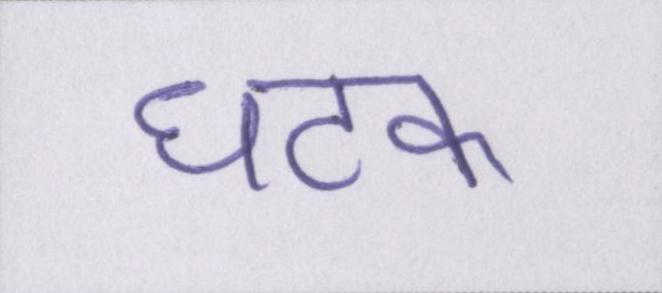
घटक